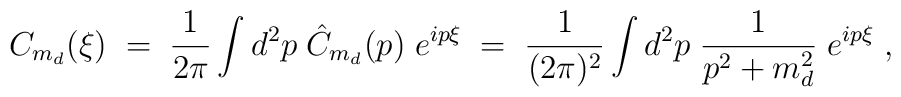
C_{m_d}(\xi) \; = \; \frac{1}{2\pi} \int d^2p \; \hat{C}_{m_d}(p) \;e^{ip\xi} \; = \;\frac{1}{(2\pi)^2} \int d^2p \; \frac{1}{p^2+m_d^2} \; e^{ip\xi} \; ,